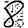
Digit: 8